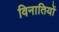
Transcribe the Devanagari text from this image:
विनातियों